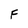
Character: F